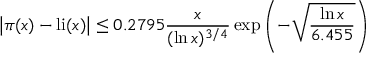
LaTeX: { \big | } \pi ( x ) - \operatorname { l i } ( x ) { \big | } \leq 0 . 2 7 9 5 { \frac { x } { ( \ln x ) ^ { 3 / 4 } } } \exp \left( - { \sqrt { \frac { \ln x } { 6 . 4 5 5 } } } \right)